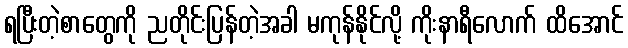
ရပြီးတဲ့စာတွေကို ညတိုင်းပြန်တဲ့အခါ မကုန်နိုင်လို့ ကိုးနာရီလောက် ထိအောင်